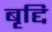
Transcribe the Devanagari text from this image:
बृद्दि